Scottish Certificate of Education, 1962
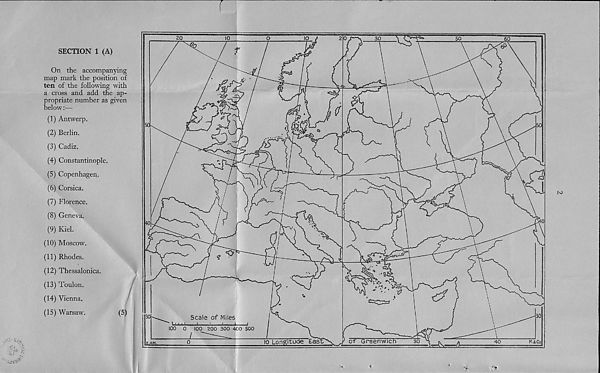
7VW'
SECTION 1 (A)
On the accompanying
map mark the position of
ten of the following with
a cross and add the ap-
propriate number as given
below:—
(1) Antwerp.
(2) Berlin.
(3) Cadiz.
(4) Constantinople.
(5) Copenhagen.
(6) Corsica.
(7) Florence.
(8) Geneva.
(9) Kiel.
(10) Moscow.
(11) Rhodes.
(12) Thessalonica.
(13) Toulon.
(14) Vienna.
(15) Warsaw.
(5)
‘■iii'A'i
IS)